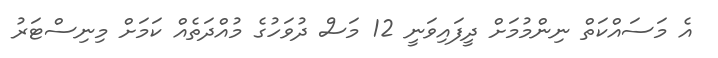
އެ މަސައްކަތް ނިންމުމަށް ދީފައިވަނީ 12 މަސް ދުވަހުގެ މުއްދަތެއް ކަމަށް މިނިސްޓަރު